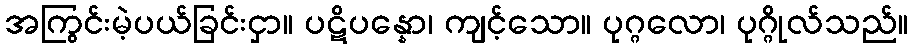
အကြွင်းမဲ့ပယ်ခြင်းငှာ။ ပဋိပန္နော၊ ကျင့်သော။ ပုဂ္ဂလော၊ ပုဂ္ဂိုလ်သည်။